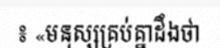
៖ «មនុស្សគ្រប់គ្នាដឹងថា